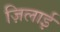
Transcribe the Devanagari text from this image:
ज़िलाई